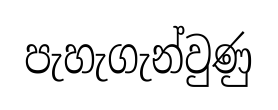
පැහැගැන්වුණු